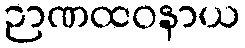
ဉာဏထဝနာယ